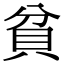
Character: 貧